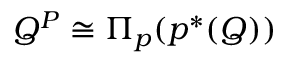
Q ^ { P } \cong \Pi _ { p } ( p ^ { * } ( Q ) )